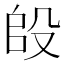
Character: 𭮫